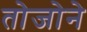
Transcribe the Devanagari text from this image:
तोजोने